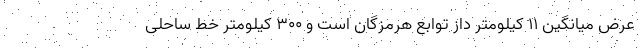
عرض میانگین ۱۱ کیلومتر داز توابع هرمزگان است و ۳۰۰ کیلومتر خط ساحلی